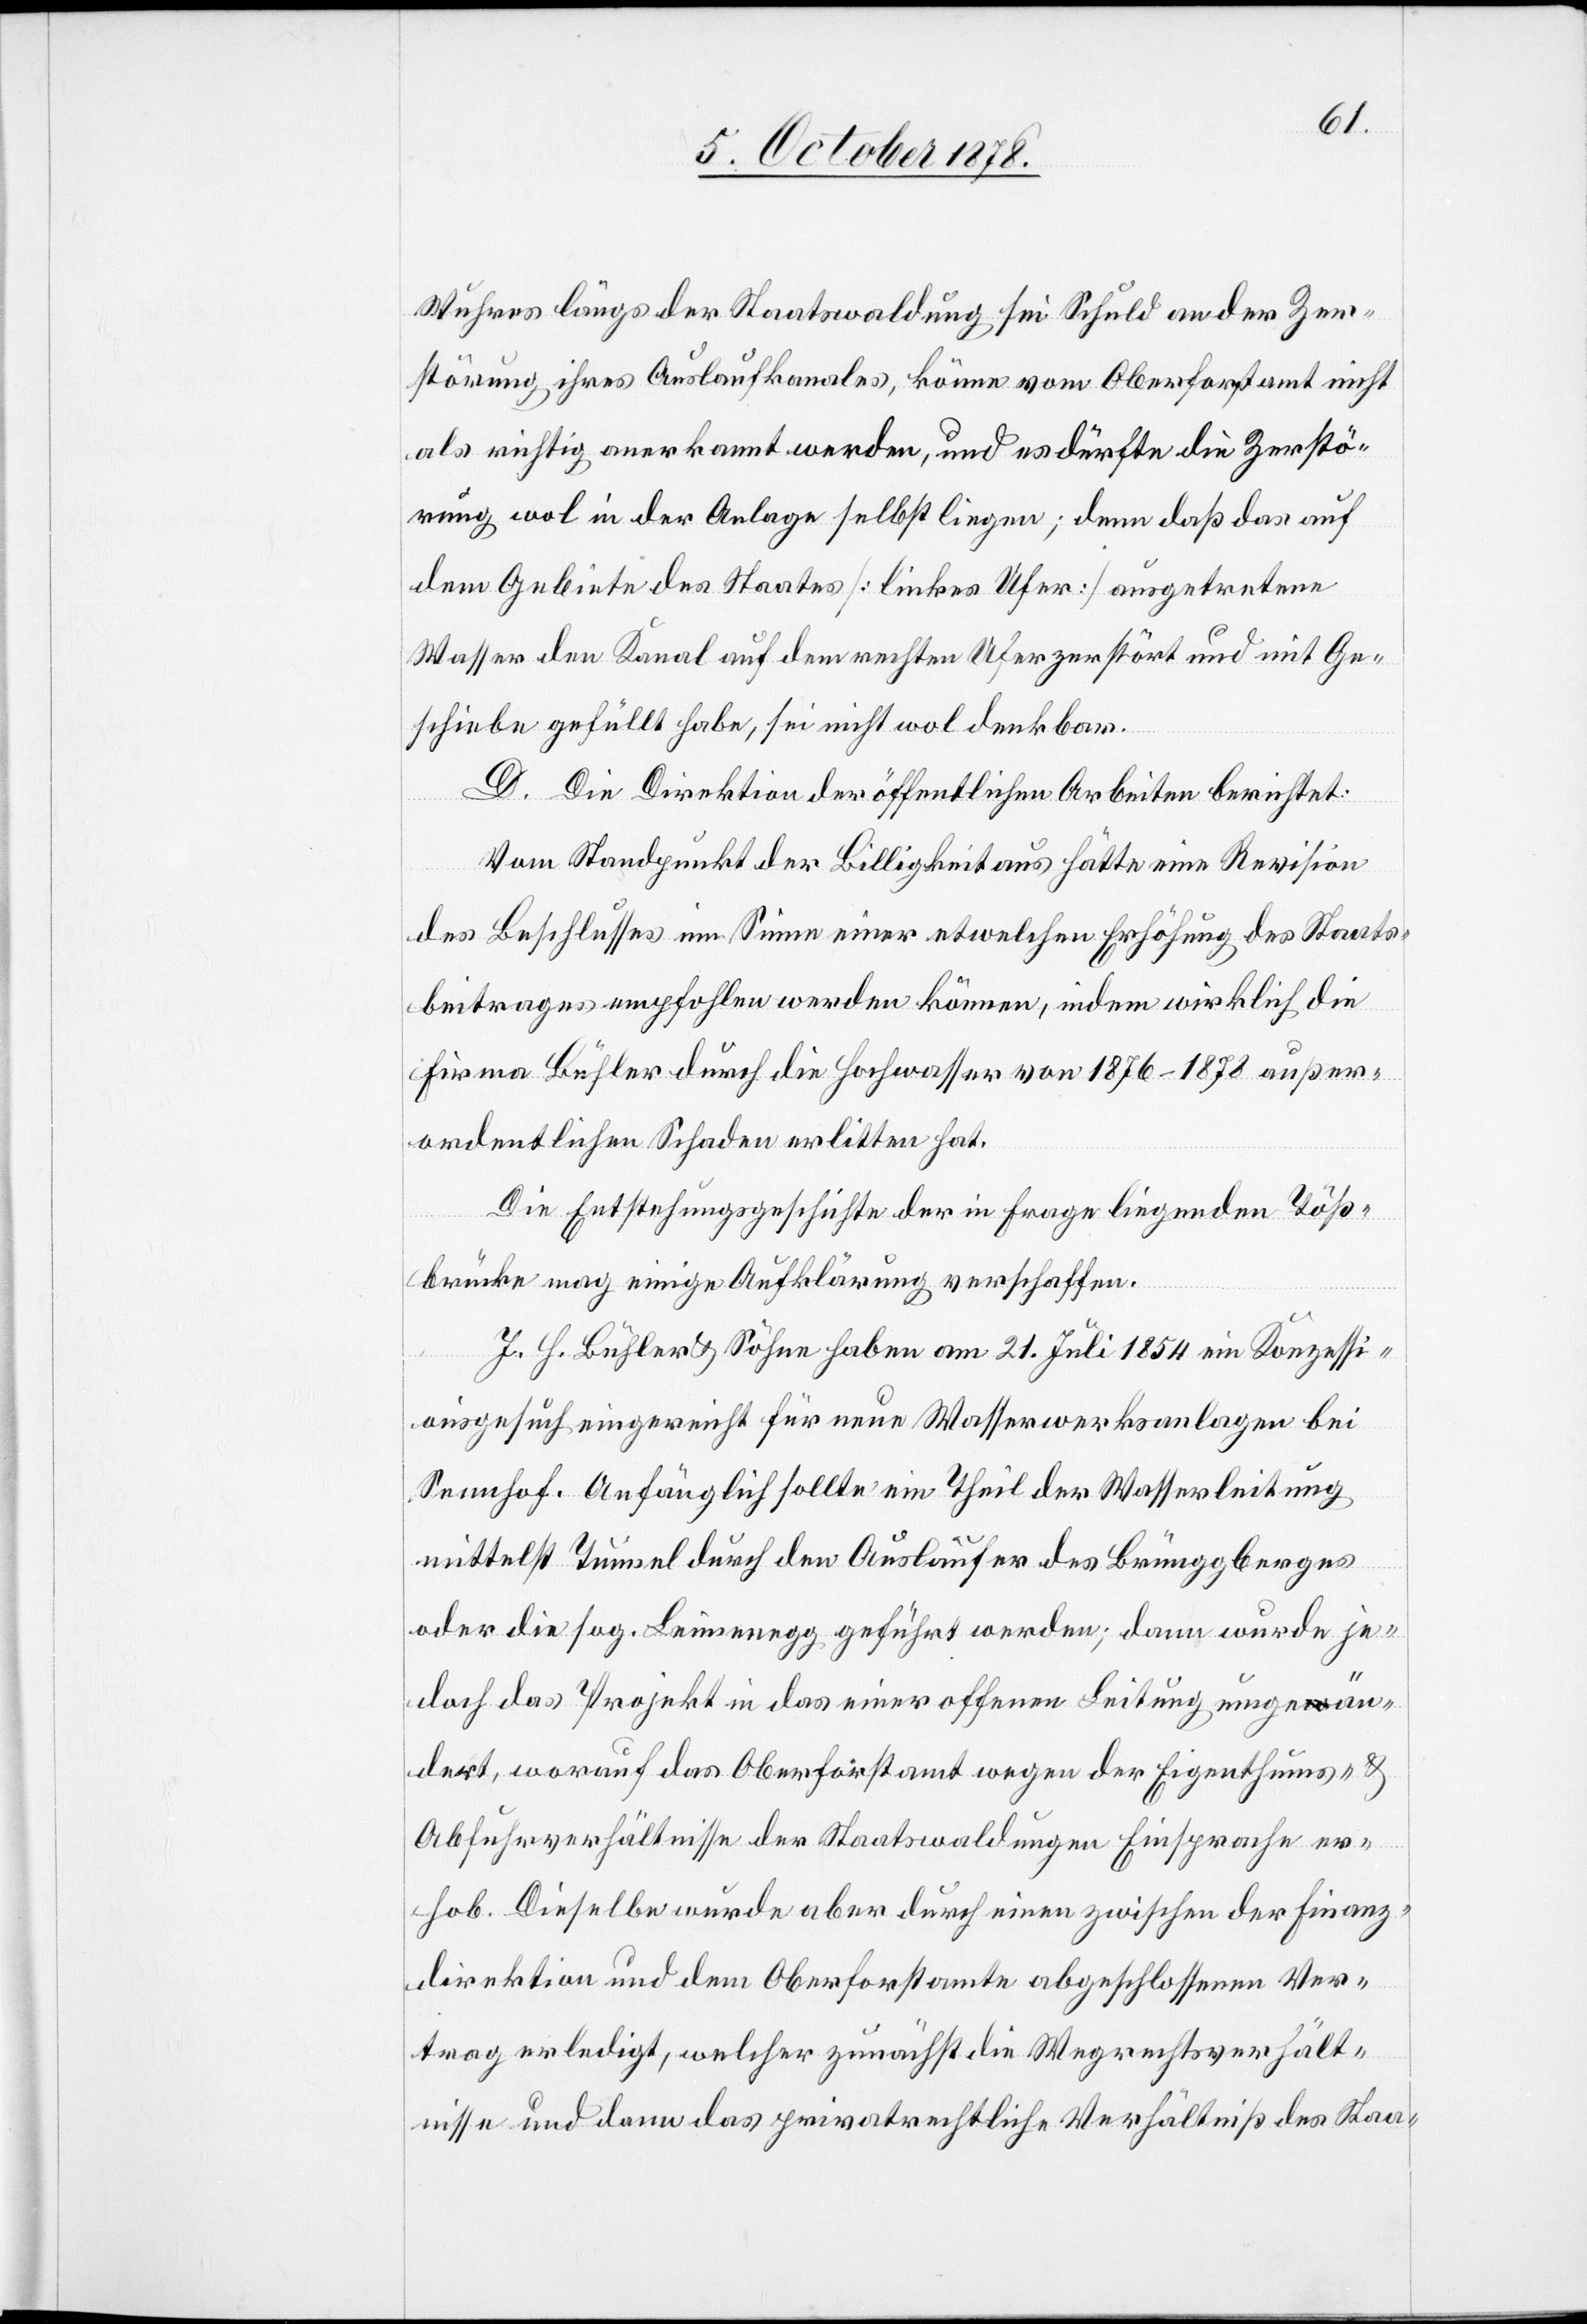
Wuhres längs der Staatswaldung sei Schuld an der Zer¬
störung ihres Auslaufkanales, könne vom Oberforstamt nicht
als richtig anerkannt werden, und es dürfte die Zerstö¬
rung wol in der Anlage selbst liegen; denn daß das auf
dem Gebiete des Staates [linkes Ufer] ausgetretene
Wasser den Kanal auf dem rechten Ufer zerstört und mit Ge¬
schiebe gefüllt habe, sei nicht wol denkbar.
D. Die Direktion der öffentlichen Arbeiten berichtet:
Vom Standpunkt der Billigkeit aus hätte eine Revision
des Beschlusses im Sinne einer etwelchen Erhöhung des Staats¬
beitrages empfohlen werden können, indem wirklich die
Firma Bühler durch die Hochwasser von 1876–1878 außer¬
ordentlichen Schaden erlitten hat.
Die Entstehungsgeschichte der in Frage liegenden Töß¬
brücke mag einige Aufklärung verschaffen.
J. H. Bühler & Söhne haben am 21. Juli 1854 ein Konzessi¬
onsgesuch eingereicht für neue Wasserwerksanlagen beim
Sennhof. Anfänglich sollte ein Theil der Wasserleitung
mittelst Tunnel durch den Ausläufer des Brünggberges
oder die sog. Leimenegg geführt werden; dann wurde je¬
doch das Projekt in das einer offenen Leitung umgeän¬
dert, worauf das Oberforstamt wegen der Eigenthums- &
Abfuhrverhältnisse der Staatswaldungen Einsprache er¬
hob. Dieselbe wurde aber durch einen zwischen der Finanz¬
direktion und dem Oberforstamte abgeschlossenen Ver¬
trag erledigt, welcher zunächst die Wegrechtsverhält¬
nisse und dann das privatrechtliche Verhältniß des Staa-